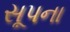
સૂપના